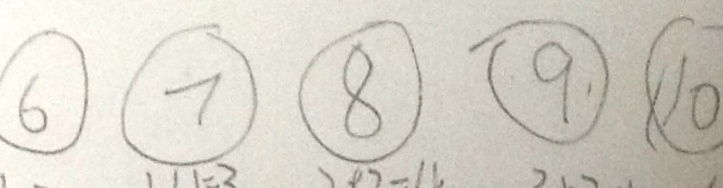
\textcircled { 6 } \textcircled { 7 } \textcircled { 8 } \textcircled { 9 } \textcircled { 1 0 }